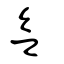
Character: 欲